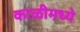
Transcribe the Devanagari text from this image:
काळीमध्ये